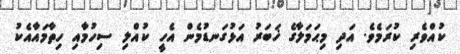
ކުއްވެރި ކުރަމެވެ. އަދި މިޙަމަލާގެ ޚަބަރު އަޅުގަނޑުމެން އެހީ ކުއްލި ސިހުމާއި ހިތާމައާއެކު